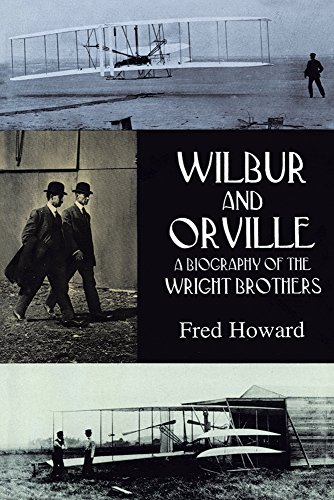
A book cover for Wilbur and Orville: A Biography of the Wright Brothers (Dover Transportation); Fred Howard; Crafts, Hobbies & Home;